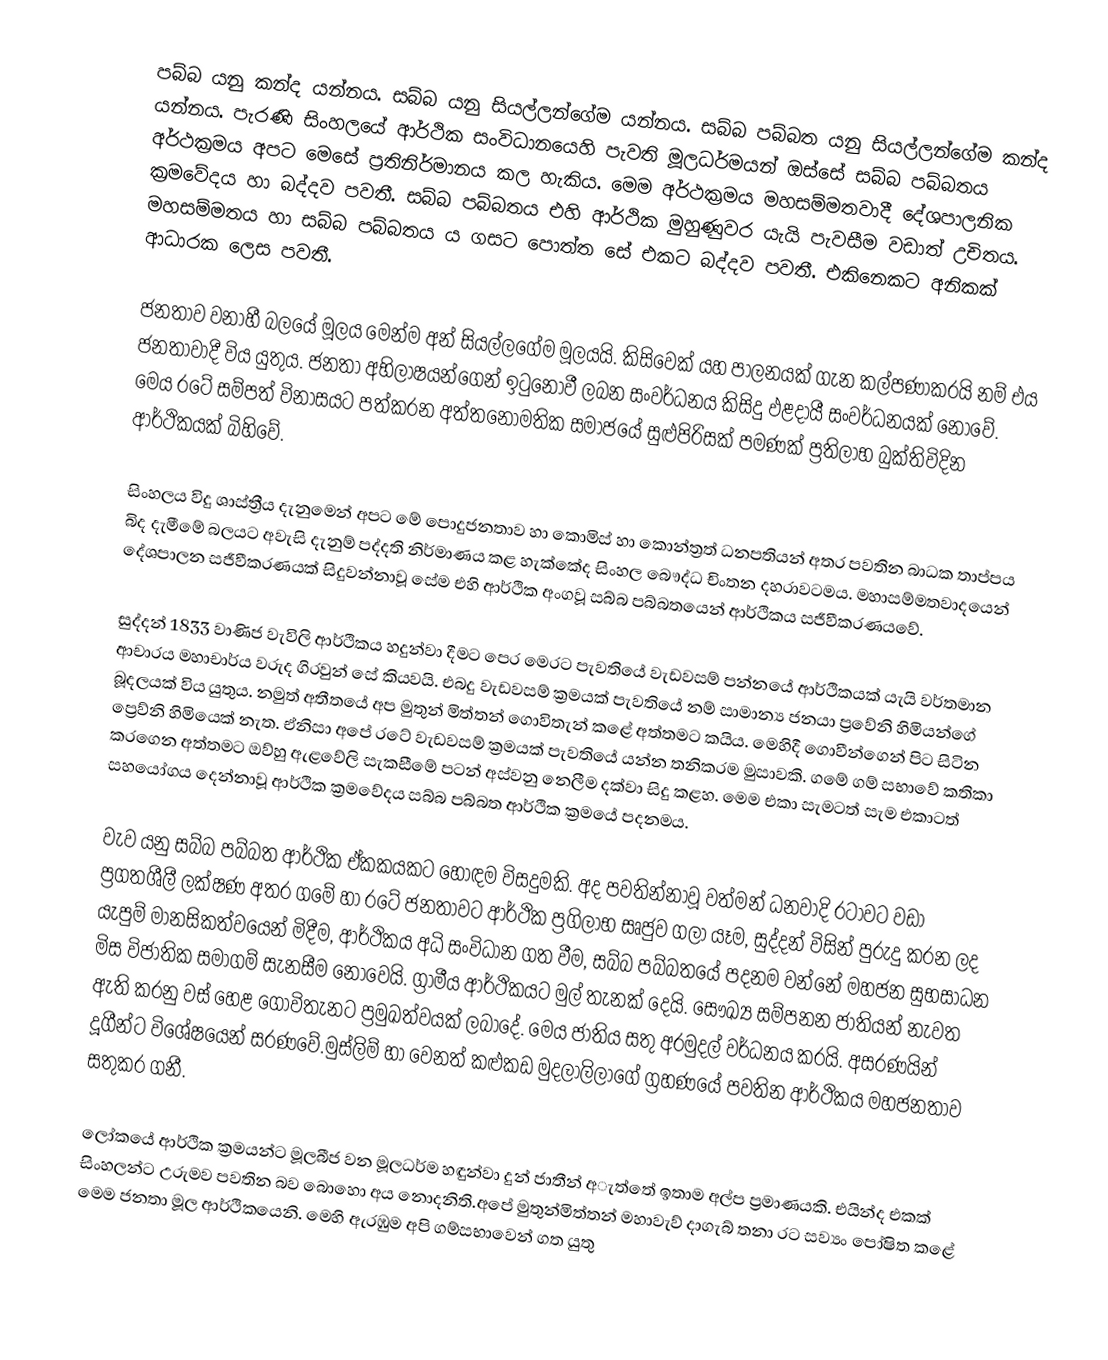
පබ්බ යනු කන්ද යන්නය. සබ්බ යනු සියල්ලන්ගේම යන්නය. සබ්බ පබ්බත යනු සියල්ලන්ගේම කන්ද යන්නය. පැරණි සිංහලයේ ආර්ථික සංවිධානයෙහි පැවති මූලධර්මයන් ඔස්සේ සබ්බ පබ්බතය  අර්ථක්‍රමය අපට මෙසේ ප්‍රතිනිර්මානය කල හැකිය. මෙම අර්ථක්‍රමය මහසම්මතවාදී දේශපාලනික ක්‍රමවේදය හා බද්දව පවතී. සබ්බ පබ්බතය  එහි ආර්ථික මුහුණුවර යැයි පැවසීම වඩාත් උචිතය. මහසම්මතය හා සබ්බ පබ්බතය ය ගසට පොත්ත සේ එකට බද්දව පවතී. එකිනෙකට අනිකක් ආධාරක ලෙස පවතී.

ජනතාව වනාහී බලයේ මූලය මෙන්ම අන් සියල්ලගේම මූලයයි. කිසිවෙක් යහ පාලනයක් ගැන කල්පණාකරයි නම් එය ජනතාවාදී විය යුතුය. ජනතා අභිලාෂයන්ගෙන් ඉටුනොවී ලබන සංවර්ධනය  කිසිදු ඵළදායී සංවර්ධනයක් නොවේ. මෙය රටේ සම්පත් විනාසයට පත්කරන අත්තනෝමතික සමාජයේ සුළුපිරිසක් පමණක් ප්‍රතිලාභ බුක්තිවිදින ආර්ථිකයක් බිහිවේ.

සිංහලය විදු  ශාස්ත්‍රීය දැනුමෙන් අපට මේ පොදුජනතාව හා කොමිස් හා කොන්ත්‍රත් ධනපතියන් අතර පවතින බාධක තාප්පය බිද දැමීමේ බලයට අවැසි දැනුම් පද්දති නිර්මාණය කළ හැක්කේද සිංහල බෞද්ධ චිංතන දහරාවටමය.  මහාසම්මතවාදයෙන් දේශපාලන සජීවීකරණයක් සිදුවන්නාවූ සේම එහි ආර්ථික අංගවූ සබ්බ පබ්බතයෙන් ආර්ථිකය සජීවීකරණයවේ.

සුද්දන් 1833 වාණිජ වැවිලි ආර්ථිකය හදුන්වා දීමට පෙර මෙරට පැවතියේ වැඩවසම් පන්නයේ ආර්ථිකයක් යැයි වර්තමාන ආචාරය මහාචාර්ය වරුද ගිරවුන් සේ කියවයි. එබදු වැඩවසම් ක්‍රමයක් පැවතියේ නම් සාමාන්‍ය ජනයා ප්‍රවේනි හිමියන්ගේ බූදලයක් විය යුතුය. නමුත් අතීතයේ අප මුතුන් මිත්තන් ගොවිතැන් කළේ අත්තමට කයිය. මෙහිදී ගොවීන්ගෙන් පිට සිටින ප්‍රෙව්නි හිමියෙක් නැත. ඒනිසා අපේ රටේ වැඩවසම් ක්‍රමයක් පැවතියේ යන්න තනිකරම මුසාවකි. ගමේ ගම් සභාවේ කතිකා කරගෙන අත්තමට ඔව්හු ඇළවේලි සැකසීමේ පටන් අස්වනු නෙලීම දක්වා සිදු කළහ. මෙම එකා සැමටත් සැම එකාටත් සහයෝගය දෙන්නාවූ ආර්ථික ක්‍රමවේදය සබ්බ පබ්බත ආර්ථික ක්‍රමයේ පදනමය.

වැව යනු සබ්බ පබ්බත ආර්ථික ඒකකයකට හොඳම විසදුමකි. අද පවතින්නාවූ වත්මන් ධනවාදි රටාවට වඩා ප්‍රගතශීලී ලක්ෂණ අතර ගමේ හා රටේ ජනතාවට  ආර්ථික ප්‍රගිලාභ සෘජුව ගලා යෑම, සුද්දන් විසින් පුරුදු කරන ලද යැපුම් මානසිකත්වයෙන් මිදීම, ආර්ථිකය අධි සංවිධාන ගත වීම, සබ්බ පබ්බතයේ පදනම වන්නේ මහජන සුභසාධන මිස විජාතික සමාගම් සැනසීම නොවෙයි. ග්‍රාමීය ආර්ථිකයට මුල් තැනක් දෙයි. සෞඛ්‍ය සම්පනන ජාතියන් නැවත ඇති කරනු වස් හෙළ ගොවිතැනට ප්‍රමුඛත්වයක් ලබාදේ. මෙය ජාතිය සතු අරමුදල් වර්ධනය කරයි. අසරණයින් දූගීන්ට විශේෂයෙන් සරණවේ.මුස්ලිම් හා වෙනත් කළුකඩ මුදලාලිලාගේ ග්‍රහණයේ පවතින ආර්ථිකය මහජනතාව සතුකර ගනී.

ලෝකයේ ආර්ථික ක්‍රමයන්ට මූලබීජ වන මූලධර්ම හඳුන්වා දුන් ජාතීන් අැත්තේ ඉතාම අල්ප ප්‍රමාණයකි. එයින්ද එකක් සිංහලන්ට උරුමව පවතින බව බොහො අය නොදනිති.අපේ මුතුන්මිත්තන් මහාවැව් දාගැබ් තනා රට සව්‍යං පෝෂිත කළේ මෙම ජනතා මූල ආර්ථිකයෙනි. මෙහි ඇරඹුම අපි ගම්සභාවෙන් ගත යුතු